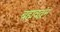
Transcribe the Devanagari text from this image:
ब्रह्मवद्धन